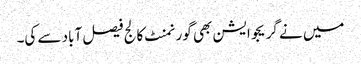
میں نے گریجوایشن بھی گورنمنٹ کالج فیصل آباد سے کی۔